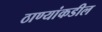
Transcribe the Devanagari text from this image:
ठाण्यांकडील